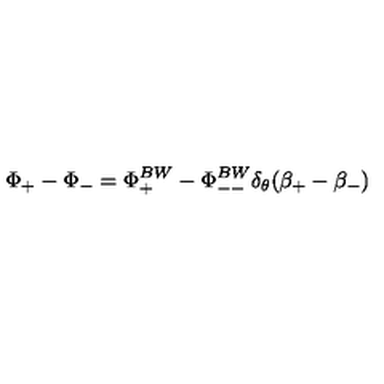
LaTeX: \Phi _ { + } - \Phi _ { - } = \Phi _ { + } ^ { B W } - \Phi _ { -- } ^ { B W } \delta _ { \theta } ( \beta _ { + } - \beta _ { - } )